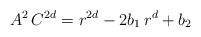
\begin{align*}A^{2}\,C^{2d}=r^{2d}-2b_{1}\,r^{d}+b_{2} \end{align*}